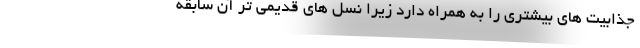
جذابیت های بیشتری را به همراه دارد زیرا نسل های قدیمی تر آن سابقه